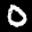
Label: 0